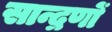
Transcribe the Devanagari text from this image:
सान्द्रणों